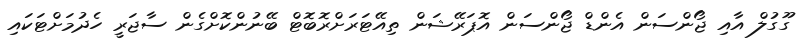
ގޫގުލް އާއި ޖޯންސަން އެންޑް ޖޯންސަން އޮޕަރޭޝަން ތިއޭޓަރަށްރޮބޮޓް ބޭނުންކޮށްގެން ސާޖަރީ ހެދުމަށްޓަކައި